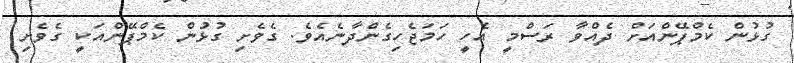
ގުޅުން ކެމްޕޭންއަށް ދެއްވާ ރަސްމީ އެހީ ހަމަޖެހިގެންދާނެއެވެ. ގެވެށި ގުޅުން ކެމްޕޭންއަކީ ގެވެށި